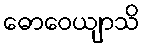
ဓောဝေယျာသိ